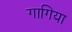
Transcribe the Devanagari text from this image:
गागिया